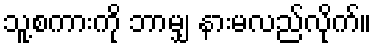
သူ့စကားကို ဘာမျှ နားမလည်လိုက်။